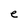
Character: e